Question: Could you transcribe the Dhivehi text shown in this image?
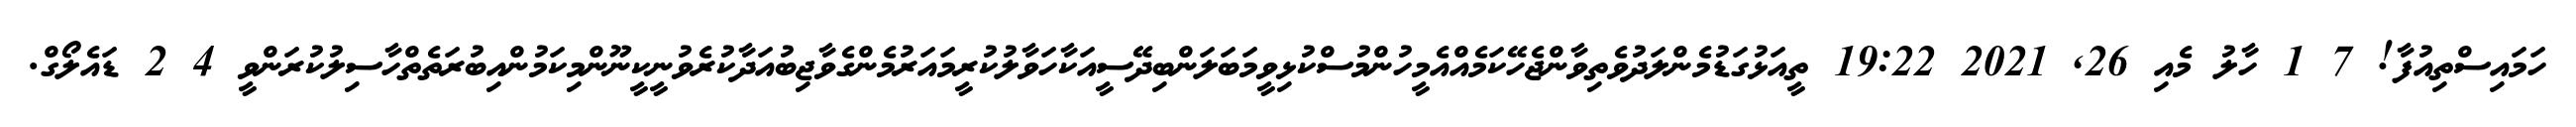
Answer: ހަމައިސްތިއުފާ! 7 1 ހާލު މެއި 26, 2021 19:22 ތީއަޅުގަޑުމެންލަދުވެތިވާންޖެހޭކަމެއްއެމީހުންމުސްކުޅިވީމަބަލަންބިދޭސީއަކާހަވާލުކުރީމައަރުމެންގެވާޖިބުއަދާކުރެވުނީކީނޫންމިކަމުންއިބުރަތެތްހާސިލުކުރަންވީ 4 2 ޑައެލޯގް.